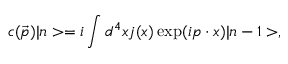
c ( \vec { p } ) | n > = i \int d ^ { 4 } x j ( x ) \exp ( i p \cdot x ) | n - 1 > ,